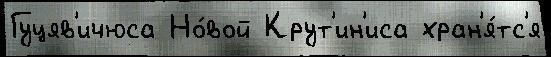
Гуцяв'ичюса Но́вой Крут'ин'иса хран'я́тс'я